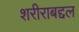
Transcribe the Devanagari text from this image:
शरीराबद्दल